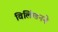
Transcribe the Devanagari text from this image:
विलिंग्डनने